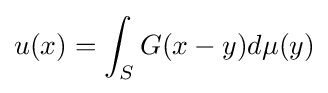
u(x)=\int _{S}G(x-y)d\mu (y)